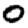
Digit: 0